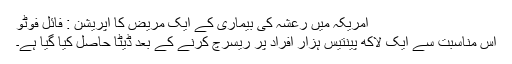
امریکہ میں رعشہ کی بیماری کے ایک مریض کا اپریشن : فائل فوٹو
اس مناسبت سے ایک لاکھ پینتیس ہزار افراد پر ریسرچ کرنے کے بعد ڈیٹا حاصل کیا گیا ہے۔